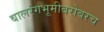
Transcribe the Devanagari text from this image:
बालरंगभूमीबरोबरच